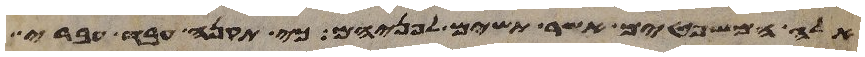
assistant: אלה המשפטים אשר תשים לפניהם כי תקנה עבד עברי